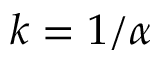
k = 1 / \alpha